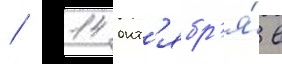
/ 14 окт'ябр'я́ в